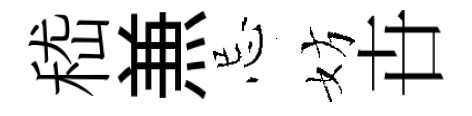
嵇𠔥忌妨卋